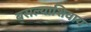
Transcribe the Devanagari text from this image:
बसल्याशिवाय